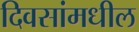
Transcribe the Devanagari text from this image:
दिवसांमधील